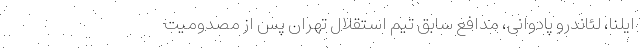
ایلنا، لئاندرو پادوانی، مدافع سابق تیم استقلال تهران پس از مصدومیت